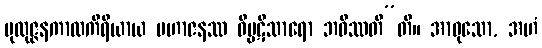
ပုထုဇ္ဇနကာလကိရိယာယ မဟာဇနဿ ဝိပ္ပဋိသာရော ဘဝိဿတီ”တိ။ အာဝုသော, အဟံ